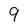
Character: 9